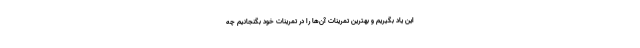
این یاد بگیریم و بهترین تمرینات آن­ها را در تمرینات خود بگنجانیم چه